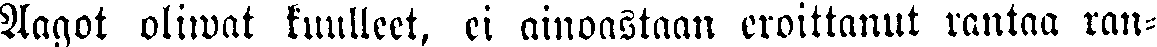
Aagot oliwat kuulleet, wi ainoastaan eroittanut rantaa ran-